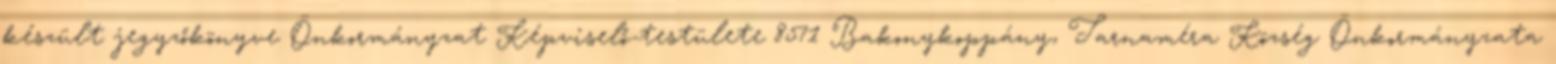
készült jegyzőkönyve Önkormányzat Képviselő-testülete 8571 Bakonykoppány, Tarnaméra Község Önkormányzata